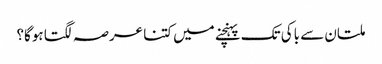
ملتان سے باکی تک پہنچنے میں کتنا عرصہ لگتا ہوگا؟